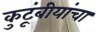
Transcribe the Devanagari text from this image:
कुटूंबीयांचा